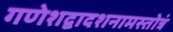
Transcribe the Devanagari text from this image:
गणेशद्वादशनामस्तोत्रं